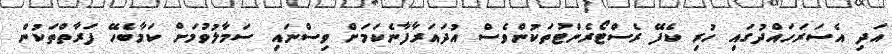
އަދި އެސަރަހައްދުގައި ހުރި ކެފޭ ރެސްޓޯރެންޓުތަކުންވެސް އުދައަރާފާނެކަމަށް ވިސްނައި ސަމާލުވުމަށް ކަމާބެހޭ ފަރާތްތަކުން